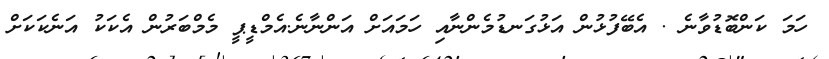
ހަމަ ކަންބޮޑުވާނެ . އެބޭފުޅުން އަޅުގަނޑުމެންނާއި ހަމައަށް އަންނާނެ.އެމްޑީޕީ މެމްބަރުން އެކަކު އަނެކަކަށް